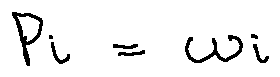
p _ { i } = w _ { i }